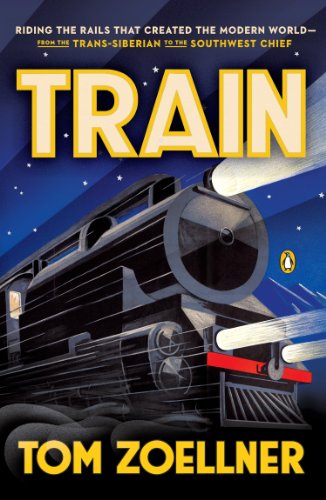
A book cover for Train: Riding the Rails That Created the Modern World--from the Trans-Siberian to the Southwest Chief; Tom Zoellner; Engineering & Transportation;